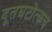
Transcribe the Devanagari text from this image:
दूतघटोत्कच